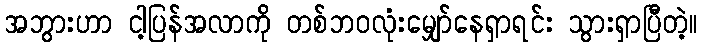
အဘွားဟာ ငါ့ပြန်အလာကို တစ်ဘဝလုံးမျှော်နေရှာရင်း သွားရှာပြီတဲ့။